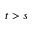
t > s